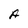
Character: A